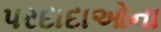
પરદાદાઓના